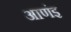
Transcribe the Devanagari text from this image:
आणंइ